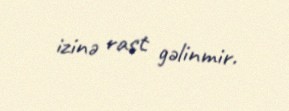
izinə rast gəlinmir.